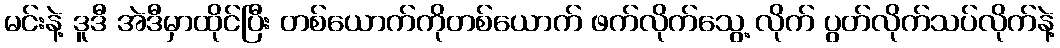
မင်းနဲ့ ဒူဒီ အဲဒီမှာထိုင်ပြီး တစ်ယောက်ကိုတစ်ယောက် ဖက်လိုက်သွေ့ လိုက် ပွတ်လိုက်သပ်လိုက်နဲ့